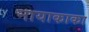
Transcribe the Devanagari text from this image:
नायाकाका